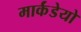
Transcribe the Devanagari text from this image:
मार्कंडेयो